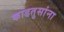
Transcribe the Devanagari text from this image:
काडतुसांना